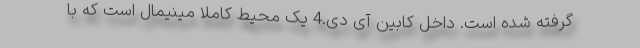
گرفته شده است. داخل کابین آی دی.4 یک محیط کاملا مینیمال است که با